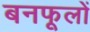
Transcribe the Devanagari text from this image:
बनफूलों